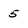
Character: 5